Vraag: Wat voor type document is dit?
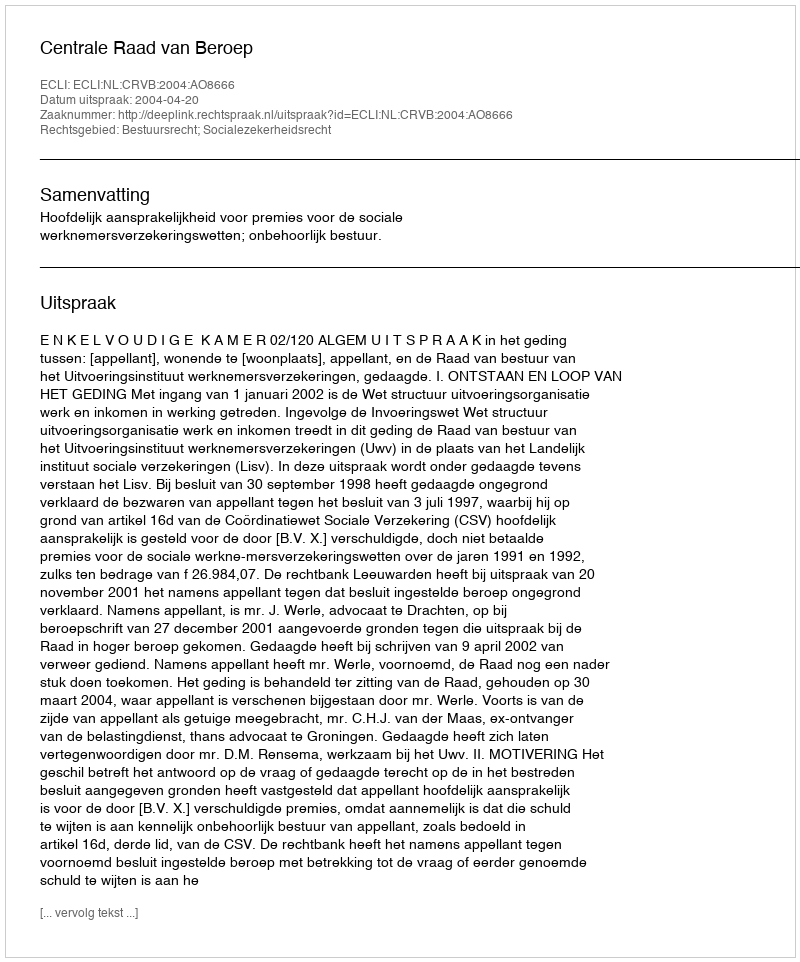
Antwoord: Uitspraak